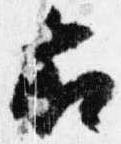
右